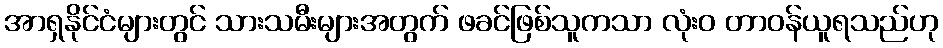
အာရှနိုင်ငံများတွင် သားသမီးများအတွက် ဖခင်ဖြစ်သူကသာ လုံးဝ တာဝန်ယူရသည်ဟု